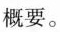
概要。